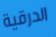
الدرقية